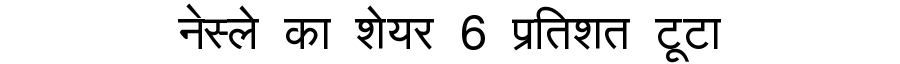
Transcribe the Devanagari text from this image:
नेस्ले का शेयर 6 प्रतिशत टूटा